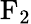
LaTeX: \mathrm{F_{2}}